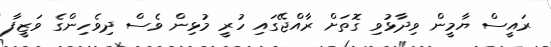
ރައީސް ޔާމީން ވިދާޅުވި ގޮތަށް ރާއްޖޭގައި ހުރީ މުޅިން ވެސް ދިވެހިންގެ ވަޒީފާ